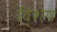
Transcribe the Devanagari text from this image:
वि्शेष